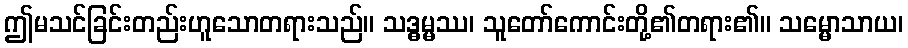
ဤမသင်ခြင်းတည်းဟူသောတရားသည်။ သဒ္ဓမ္မဿ၊ သူတော်ကောင်းတို့၏တရား၏။ သမ္မောသာယ၊